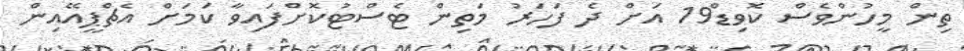
ތިން މީހުންވެސް ކޮވިޑް19 އަށް ދެ ފަހަރު މަތިން ޓެސްޓުކޮށްފައިވާ ކަމަށް އެޗްޕީއޭއިން